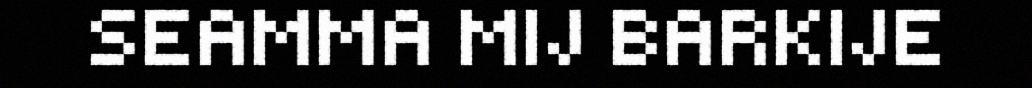
SEAMMA MIJ BARKIJE